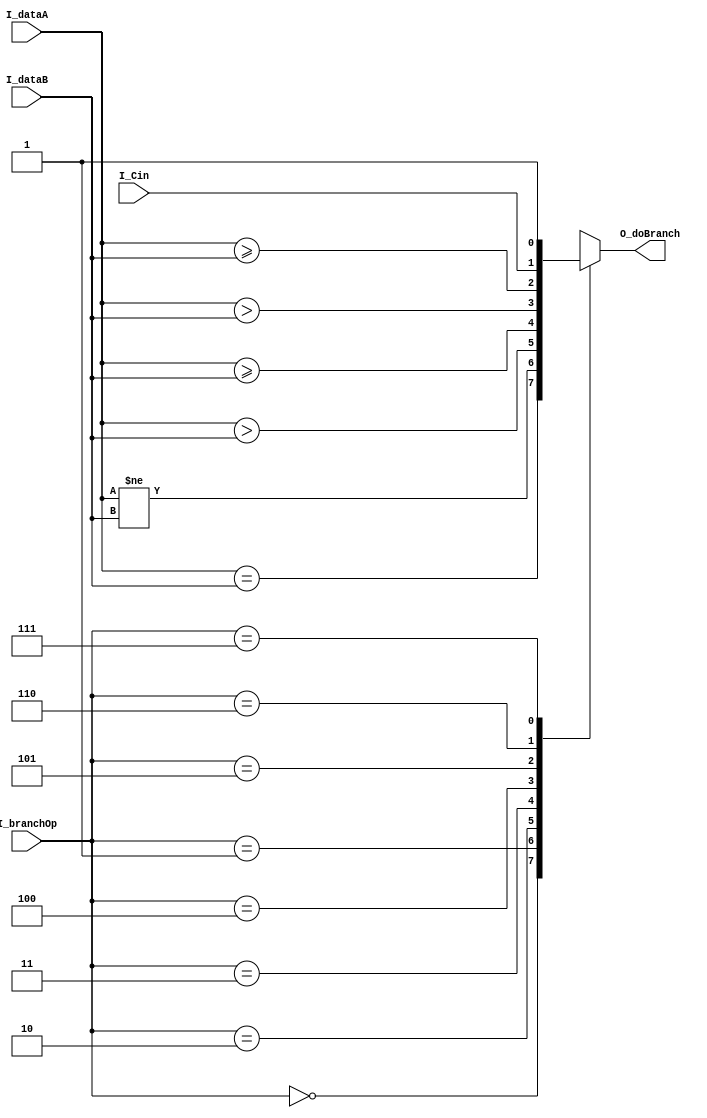
module ceespu_compare(
         input [31:0] I_dataA,
         input [31:0] I_dataB,
         input [2:0] I_branchOp,
         input I_Cin,
         output reg O_doBranch
       );

always @* begin
  case (I_branchOp)
    0: O_doBranch = (I_dataA == I_dataB);
    1: O_doBranch = (I_dataA != I_dataB);
    2: O_doBranch = (I_dataA > I_dataB);
    3: O_doBranch = (I_dataA >= I_dataB);
    4: O_doBranch = ($signed(I_dataA) > $signed(I_dataB));
    5: O_doBranch = ($signed(I_dataA) >= $signed(I_dataB));
    6: O_doBranch = I_Cin;
    7: O_doBranch = 1;
  endcase
end

endmodule